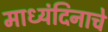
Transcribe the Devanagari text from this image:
माध्यंदिनाचे